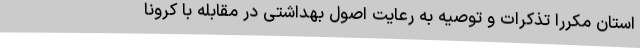
استان مکرراً تذکرات و توصیه به رعایت اصول بهداشتی در مقابله با کرونا